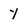
Character: y